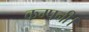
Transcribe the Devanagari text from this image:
कम्‍पनी।